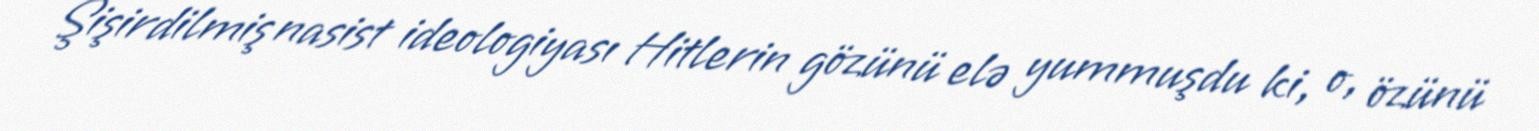
Şişirdilmiş nasist ideologiyası Hitlerin gözünü elə yummuşdu ki, o, özünü